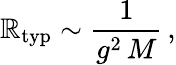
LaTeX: \mathbb{R}_{\mathrm{{typ}}}\sim\frac{{1}}{{g^{2}\, M}}\, ,